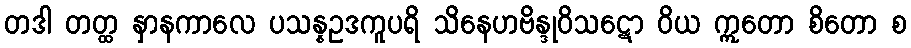
တဒါ တတ္ထ နှာနကာလေ ပသန္နဥဒကူပရိ သိနေဟဗိန္ဒုဝိသဋော ဝိယ ဣတော စိတော စ